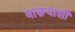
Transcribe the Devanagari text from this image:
वाङयाशीं